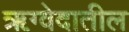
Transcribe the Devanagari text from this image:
ॠग्वेदातील